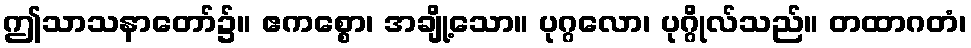
ဤသာသနာတော်၌။ ဧကစ္စော၊ အချို့သော။ ပုဂ္ဂလော၊ ပုဂ္ဂိုလ်သည်။ တထာဂတံ၊